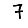
Digit: 7